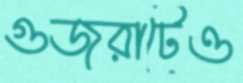
গুজরাটেও